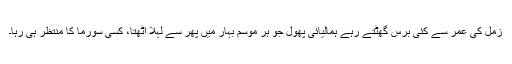
زمل کی عمر سے کئی برس گھٹتے رہے ہمالیائی پھول جو ہر موسمِ بہار میں پھر سے لہلا اٹھتا، کسی سورما کا منتظر ہی رہا۔